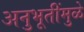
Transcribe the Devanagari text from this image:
अनुभूतींमुळे